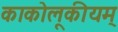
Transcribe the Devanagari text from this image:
काकोलूकीयम्